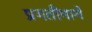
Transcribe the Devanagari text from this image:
प्रगतीमागे